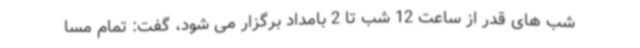
شب های قدر از ساعت 12 شب تا 2 بامداد برگزار می شود، گفت: تمام مسا